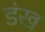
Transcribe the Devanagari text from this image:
डंख